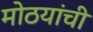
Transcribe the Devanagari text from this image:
मोठयांची